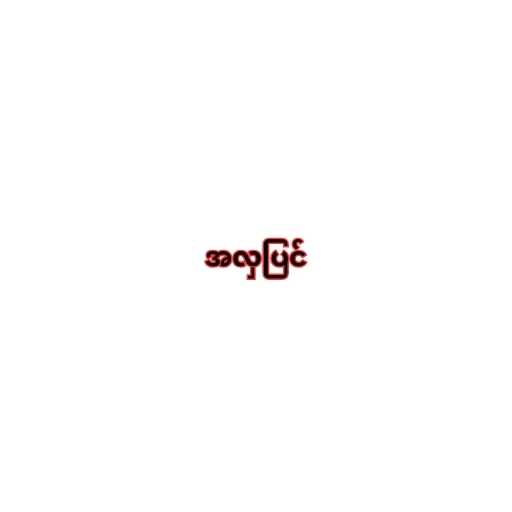
အလှပြင်